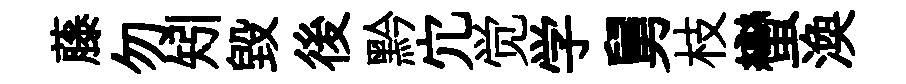
藤勿矧毀後黔宂觉学舅枝蠻渙